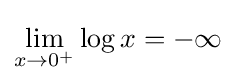
\lim _{x\to 0^{+}}\log x=-\infty